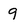
Character: 9